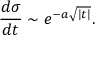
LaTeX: \frac { d \sigma } { d t } \sim e ^ { - a \sqrt { | t | } } .